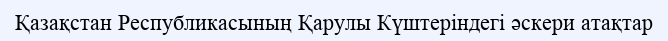
Қазақстан Республикасының Қарулы Күштеріндегі әскери атақтар